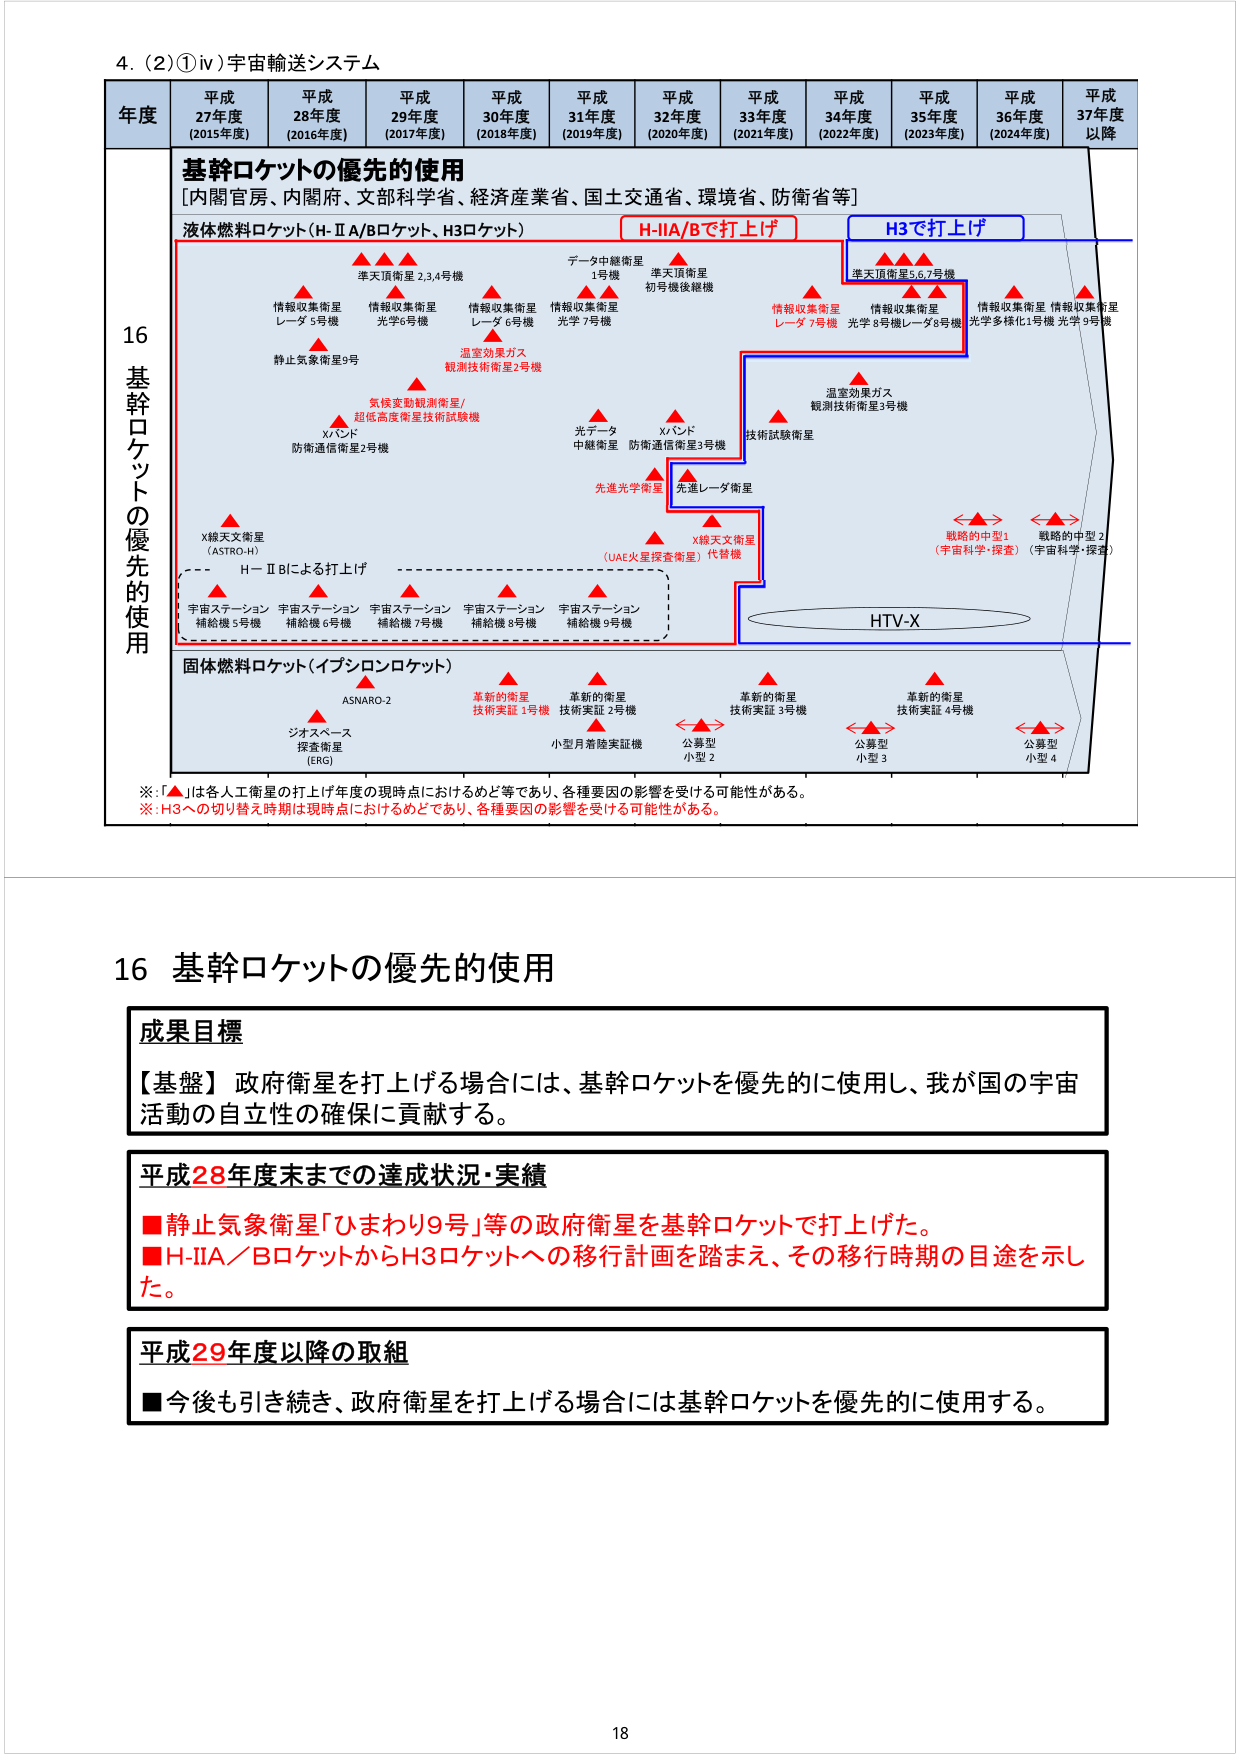
4. (2)①iv) 宇宙輸送システム

年度 平成27年度 (2015年度) 平成28年度 (2016年度) 平成29年度 (2017年度) 平成30年度 (2018年度) 平成31年度 (2019年度) 平成32年度 (2020年度) 平成33年度 (2021年度) 平成34年度 (2022年度) 平成35年度 (2023年度) 平成36年度 (2024年度) 平成37年度以降

基幹ロケットの優先的使用
[内閣官房、内閣府、文部科学省、経済産業省、国土交通省、環境省、防衛省等]

液体燃料ロケット(H-IIA/Bロケット、H3ロケット)
H-IIA/Bで打上げ
H3で打上げ

準天頂衛星 2,3,4号機
データ中継衛星 1号機
準天頂衛星 初号機後継機
準天頂衛星 5,6,7号機

情報収集衛星 レーダ 5号機
情報収集衛星 光学6号機
情報収集衛星 レーダ 6号機
情報収集衛星 光学7号機
情報収集衛星 レーダ 7号機
情報収集衛星 光学8号機レーダ8号機
情報収集衛星 光学多様化1号機 光学9号機

静止気象衛星9号
温室効果ガス 観測技術衛星2号機
温室効果ガス 観測技術衛星3号機

気候変動観測衛星/ 超低高度衛星技術試験機
Xバンド 防衛通信衛星2号機
光データ 中継衛星
Xバンド 防衛通信衛星3号機
技術試験衛星

先進光学衛星
先進レーダ衛星

X線天文衛星 (ASTRO-H)
H－ⅡBによる打上げ
宇宙ステーション 補給機 5号機
宇宙ステーション 補給機 6号機
宇宙ステーション 補給機 7号機
宇宙ステーション 補給機 8号機
宇宙ステーション 補給機 9号機

X線天文衛星 (UAE火星探査衛星) 代替機

HTV-X

固体燃料ロケット(イプシロンロケット)

ASNARO-2
革新的衛星 技術実証 1号機
革新的衛星 技術実証 2号機
革新的衛星 技術実証 3号機
革新的衛星 技術実証 4号機

ジオスペース 探査衛星 (ERG)
小型月着陸実証機
公募型 小型 2
公募型 小型 3
公募型 小型 4

※:「▲」は各人工衛星の打上げ年度の現時点におけるめど等であり、各種要因の影響を受ける可能性がある。
※:H3への切り替え時期は現時点におけるめどであり、各種要因の影響を受ける可能性がある。

16 基幹ロケットの優先的使用

成果目標
【基盤】政府衛星を打上げる場合には、基幹ロケットを優先的に使用し、我が国の宇宙活動の自立性の確保に貢献する。

平成28年度末までの達成状況・実績
■静止気象衛星「ひまわり9号」等の政府衛星を基幹ロケットで打上げた。
■H-IIA／BロケットからH3ロケットへの移行計画を踏まえ、その移行時期の目途を示した。

平成29年度以降の取組
■今後も引き続き、政府衛星を打上げる場合には基幹ロケットを優先的に使用する。

18